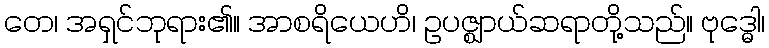
တေ၊ အရှင်ဘုရား၏။ အာစရိယေဟိ၊ ဥပဇ္ဈာယ်ဆရာတို့သည်။ ဗုဒ္ဓေါ၊